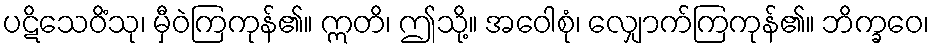
ပဋိသေဝိံသု၊ မှီဝဲကြကုန်၏။ ဣတိ၊ ဤသို့။ အဝေါစုံ၊ လျှောက်ကြကုန်၏။ ဘိက္ခဝေ၊